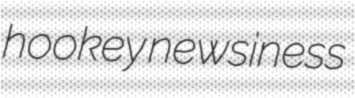
hookey newsiness